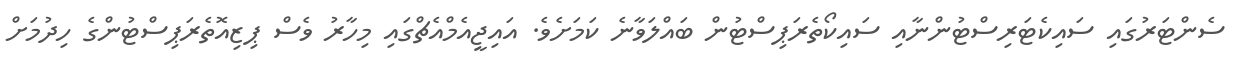
ސެންޓަރުގައި ސައިކެޓަރިސްޓުންނާއި ސައިކޯތެރަޕިސްޓުން ބައްލަވާނެ ކަމަށެވެ. އައިޖީއެމްއެޗްގައި މިހާރު ވެސް ޕިޒިއޮތެރަޕިސްޓުންގެ ހިދުމަށް